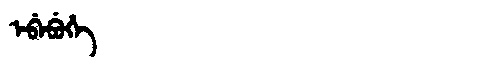
Manchu: ᡝᠪᡝᠪᡠᡥᡝ
Romanization: EBEBUHE